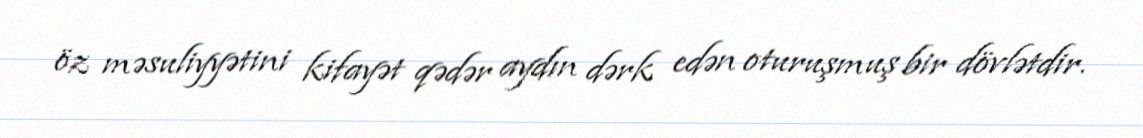
öz məsuliyyətini kifayət qədər aydın dərk edən oturuşmuş bir dövlətdir.